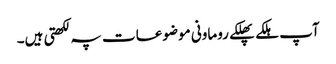
آپ ہلکے پھلکے روماونی موضوعات پہ لکھتی ہیں۔